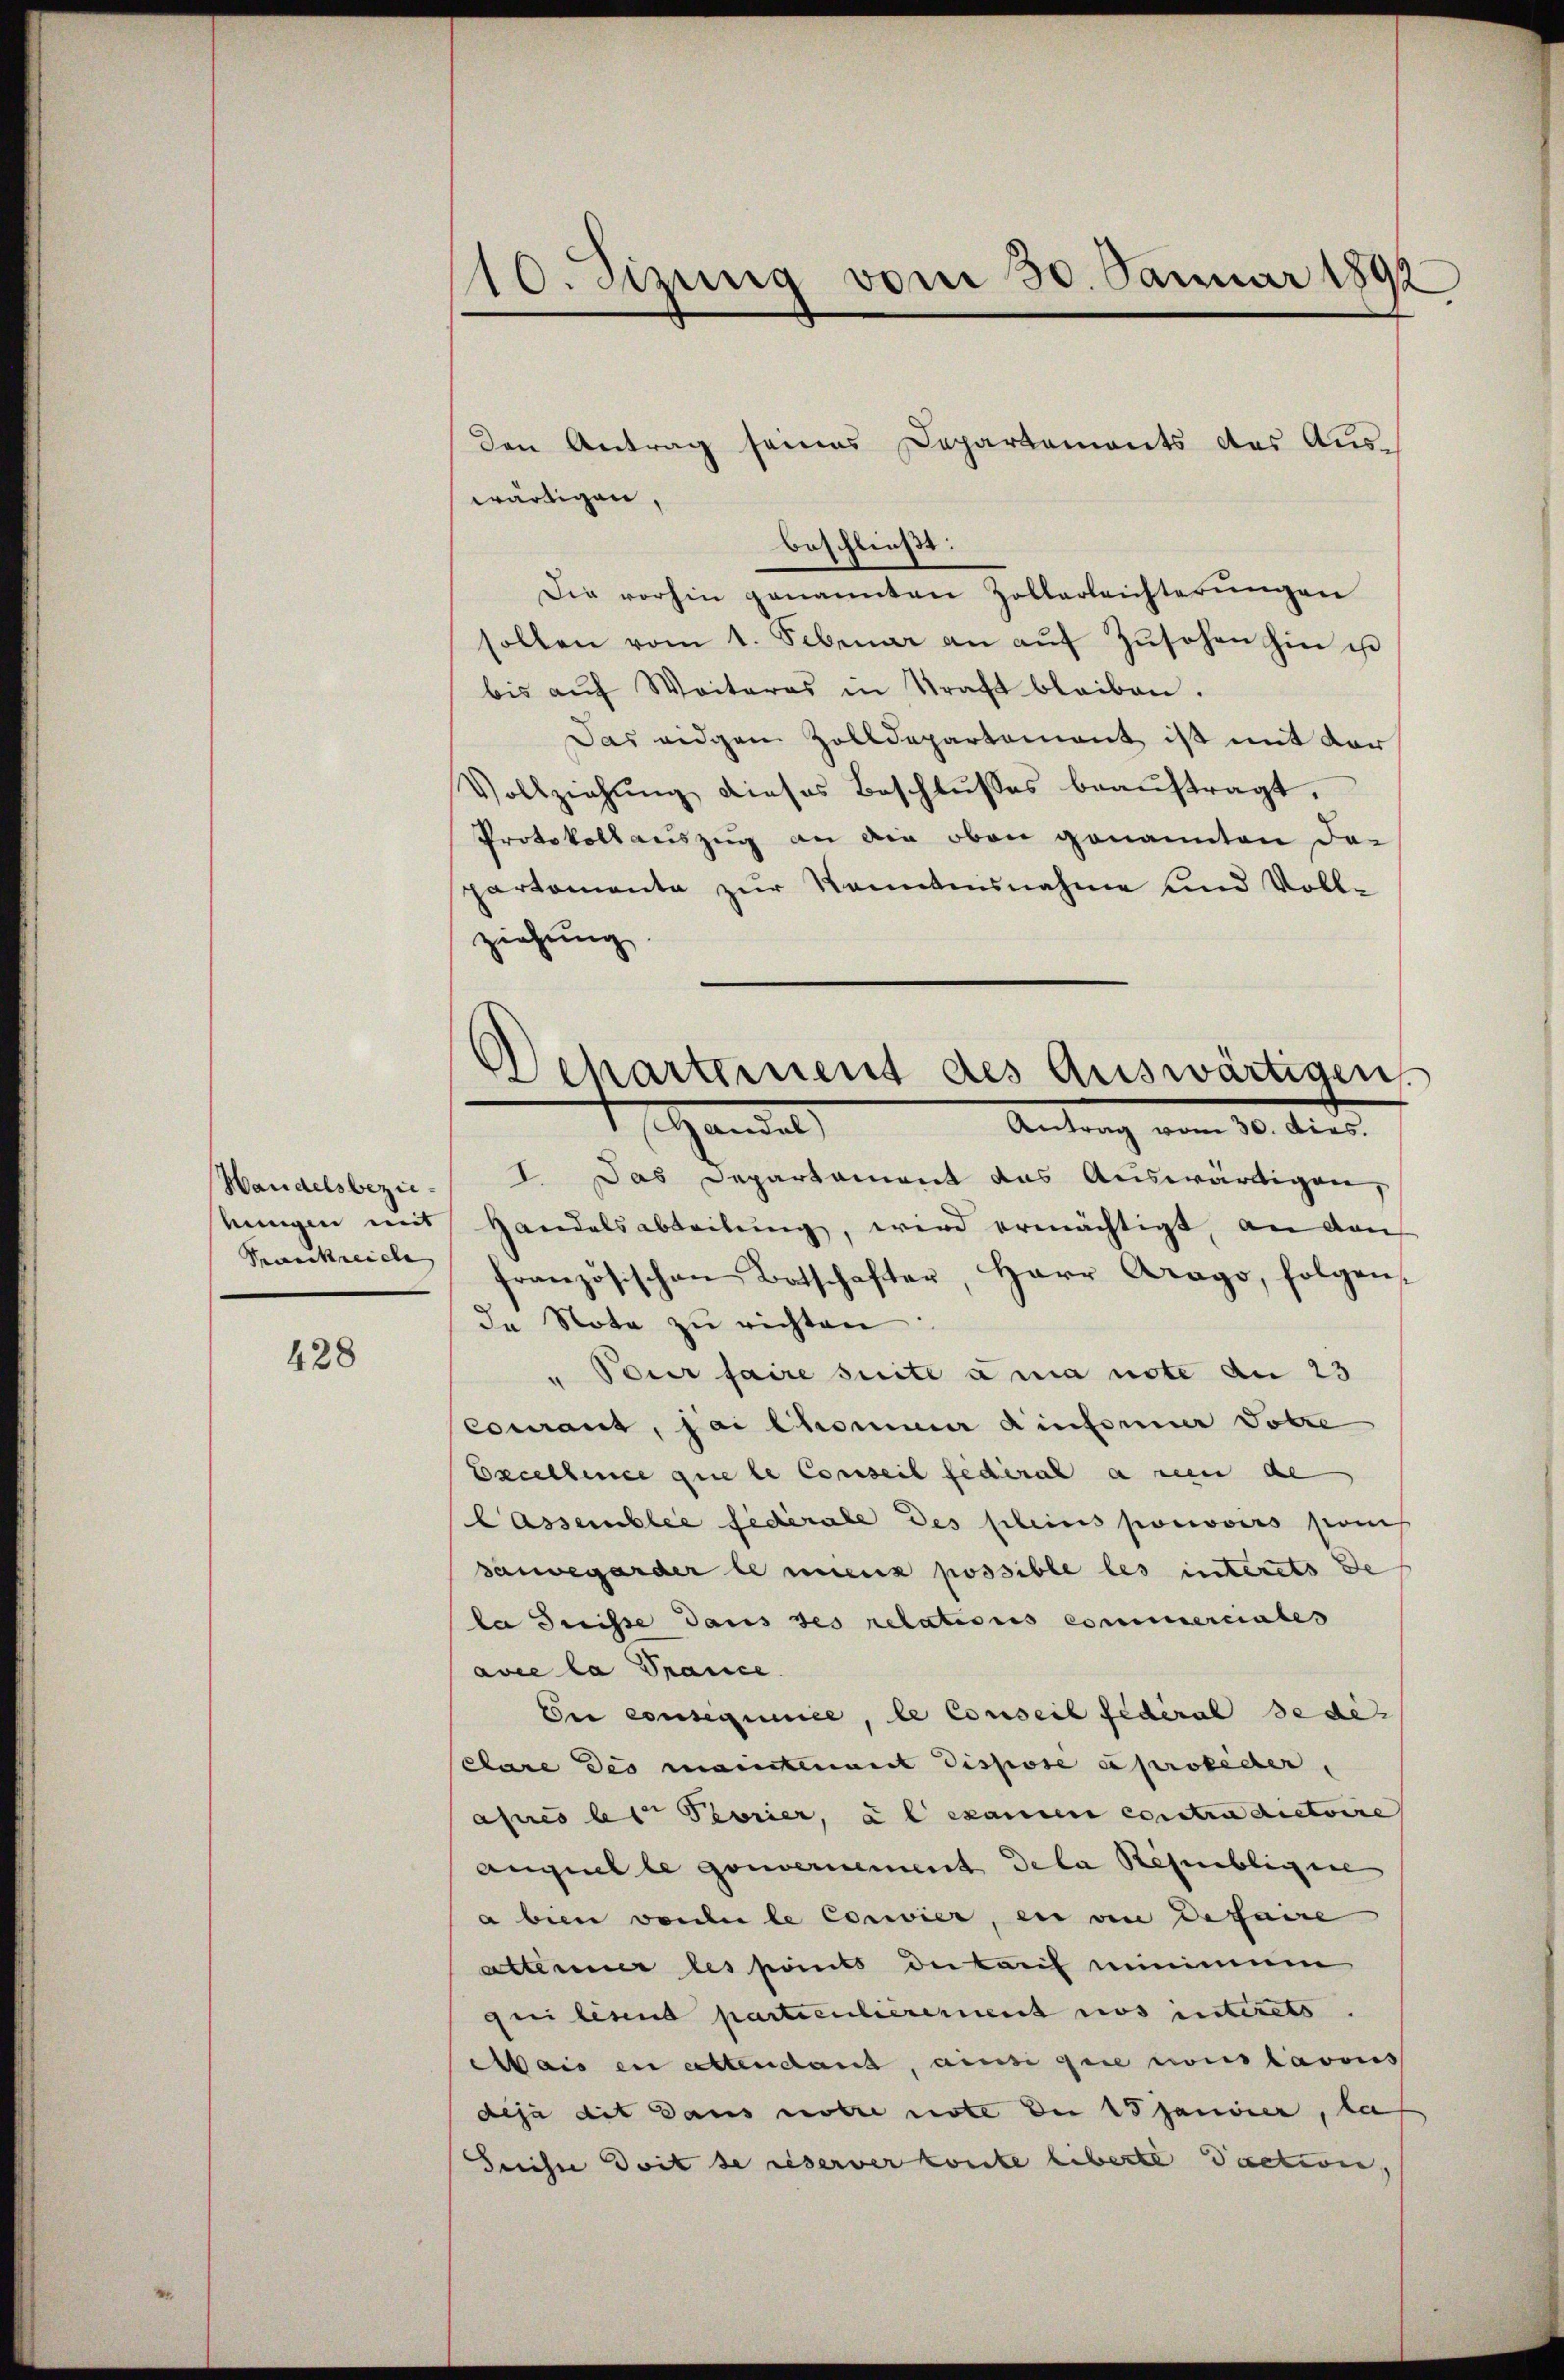
Handelsbeziestungen mit
Punckreiche

428

10. Sitzung vom 30. Januar 1892

den Antrag seines Departements des Auswärtigen,
beschließt:
Die vorhin genannten Zollerleichterungen
sollen vom 1. Februar an aŭf Zŭsehen hin ist
bis aŭf Weiteres in Kraft bleiben.
Das eidgem Zolldepartement ist mit der
Vollziehŭng dieses Beschlußes beaŭftragt.
Protokollauszug an die oben genannten da-
partemente zur Kenntnisnahme und Voll-
ziehung
I. Das Departament das Auswärtigen,
Handelsabteilŭng, wird ermächtigt, an den
französischen Botschafter, Herr Arago, folgen
de Note zŭ richten:
" Pour faire suite ama note an 23
courant, sai Chommer Rinformer Totre
Excellence que le Conseil federat a neu de
Cassemblée fédérale des pleins pouvoirs auch
sauvegarder le mienz possible les interets de
la Suisse dans des relations commerciales
avec la Trance
Eer consequenice, le Conseil fédéral se de
Clare des maintenant dispose esproceder,
ahes des Prorier, il examen contra dictoire
anguel le gouvernement Dela Républigen
a bin vorher le Concier, en von de faire
Alterner les römits de lauf minimum
qui lesent partienberement nos interets.
Mais en cettendant, ainsi que nous lavons
deja dit Dans notre note der 18 Janirer, da
Suisse Zeit se reserverkonte liberte Paction,

Departement des Auswärtigen
t Handel,
Antrag vom 30. Dies.